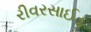
રીવરસાઈડ